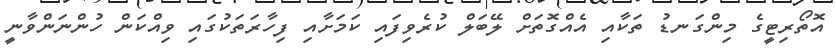
އޮތޯރިޓީގެ މިންގަނޑު ތަކާއި އެއްގޮތަށް ލޭބަލް ކުރެވިފައި ކަމަށާއި ފިހާރަތަކުގައި ވިއްކަން ހުންނަންވާނީ